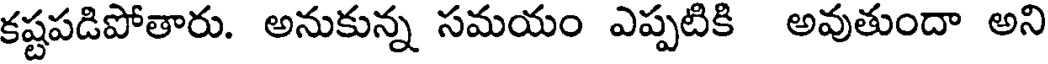
కష్టపడిపోతారు. అనుకున్న సమయం ఎప్పటికి అవుతుందా అని